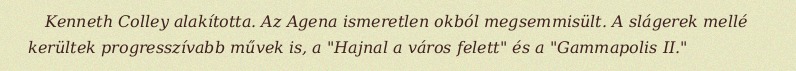
Kenneth Colley alakította. Az Agena ismeretlen okból megsemmisült. A slágerek mellé kerültek progresszívabb művek is, a "Hajnal a város felett" és a "Gammapolis II."